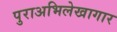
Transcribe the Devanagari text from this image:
पुराअभिलेखागार